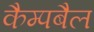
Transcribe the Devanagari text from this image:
कैम्पबैल